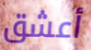
أعشق